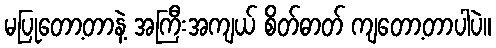
မပြုတော့တာနဲ့ အကြီးအကျယ် စိတ်ဓာတ် ကျတော့တာပါပဲ။